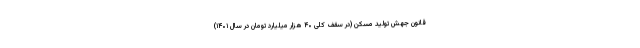
قانون جهش تولید مسکن (در سقف کلی ۴۰ هزار میلیارد تومان در سال ۱۴۰۱)